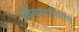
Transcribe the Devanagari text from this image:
चित्रपटनिर्माण